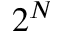
2 ^ { N }